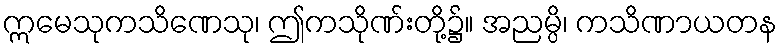
ဣမေသုကသိဏေသု၊ ဤကသိုဏ်းတို့၌။ အညမ္ပိ၊ ကသိဏာယတန